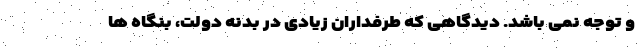
و توجه نمی باشد. دیدگاهی که طرفداران زیادی در بدنه دولت، بنگاه ها